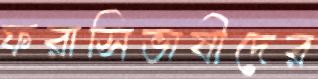
ফরাসিভাষীদের